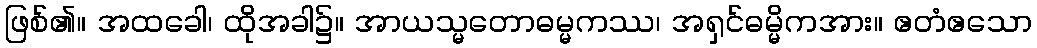
ဖြစ်၏။ အထခေါ၊ ထိုအခါ၌။ အာယသ္မတောဓမ္မကဿ၊ အရှင်ဓမ္မိကအား။ ဧတံဧသော